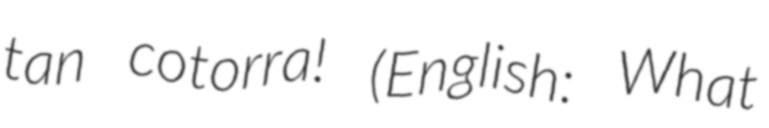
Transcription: tan cotorra! (English: What